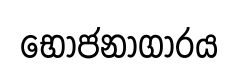
භෝජනාගාරය